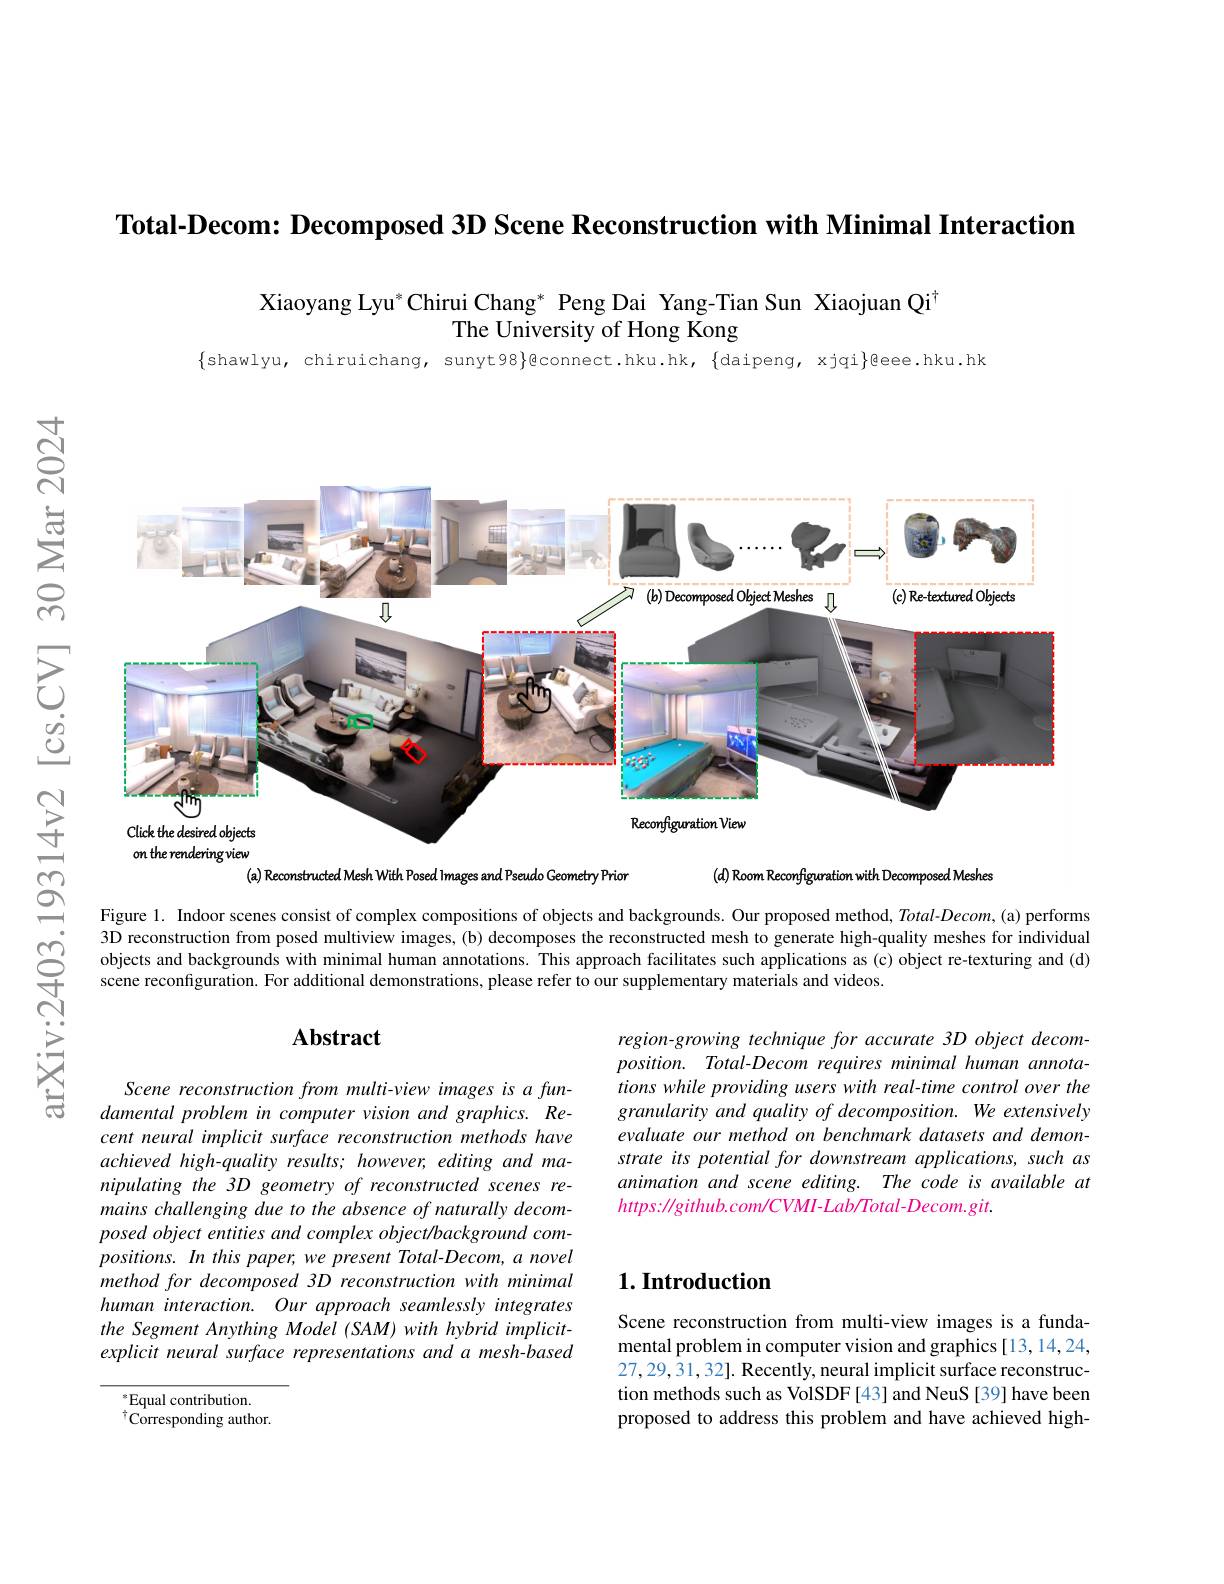
Total-Decom: Decomposed 3D Scene Reconstruction with Minimal Interaction

Xiaoyang Lyu*Chirui Chang* Peng Dai Yang-Tian Sun Xiaojuan Qi$^{\dagger}$
The University of Hong Kong

$\{$shawlyu, chiruichang, sunyt98}@connect.hku.hk, $\{$daipeng, xjqi$\}$@eee.hku.hk

$ਨ੍ਰੋ$

$ਨਨ$

<FigureHere>

$উড়্তি$

$(d)$ Room Reconfiguration with Decomposed Meshes

(a) Reconstructed Mesh With Posed lmages and Pseudo Geometry Prior

Figure 1. Indoor scenes consist of complex compositions of objects and backgrounds. Our proposed method, Total-Decom, (a) performs
3D reconstruction from posed multiview images, ( b) decomposes. the reconstructed mesh to generate high- quality meshes for individual C Objects and backgrounds with mininal human annotations. This approach facilitates such appilications as ( c) object r

## Abstract

region-growing technique for accurate 3D object decom- $position.Total-Decom$ requires minimal human annotations while providing users with real-time control over the granularity and quality of decomposition. We extensively evaluate our method on benchmark datasets and demonstrate its potential for downstream applications, such as animation and scene editing. The code is available at $https:\|github.com/CVMI-Lab/Total-Decom.git.$

Scene reconstruction from multi-view images is a fundamental problem in computer vision and graphics. Recent neural implicit surface reconstruction methods have achieved high-quality results; however, editing and manipulating the 3D geometry of reconstructed scenes remains challenging due to the absence of naturally decomposed object entities and complex object/background com- $positions.In$ this paper, we present Total-Decom, a novel method for decomposed 3D reconstruction with minimal human interaction. Our approach seamlessly integrates the Segment Anything Model (SAM) with hybrid implicitexplicit neural surface representations and a mesh-based

### $1. \textbf{Introduction}$

Scene reconstruction from multi-view images is a fundamental problem in computer vision and graphics [13, 14, 24, 27,29,31,32]. Recently, neural implicit surface reconstruction methods such as VolSDF[43] and NeuS[39] have been proposed to address this problem and have achieved high-

$^*$Equal contribution. $^{\dagger}\tilde{\mathrm{Corresponding~author.}}$